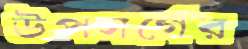
উপসর্গের